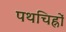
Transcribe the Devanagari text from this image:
पथचिह्नों